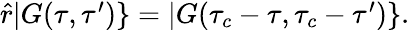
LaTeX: \begin{array}{r}{\hat{r}|G(\tau,\tau^{\prime})\} =|G(\tau_{c}-\tau,\tau_{c}-\tau^{\prime})\} .}\end{array}